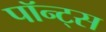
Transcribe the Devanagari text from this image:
पॉन्ट्स